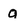
Character: a